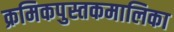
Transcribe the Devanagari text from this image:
क्रमिकपुस्तकमालिका